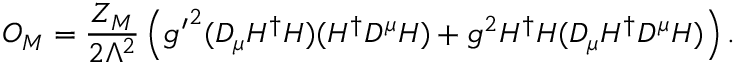
{ \cal O } _ { M } = \frac { Z _ { M } } { 2 \Lambda ^ { 2 } } \left( { g ^ { \prime } } ^ { 2 } ( D _ { \mu } H ^ { \dagger } H ) ( H ^ { \dagger } D ^ { \mu } H ) + g ^ { 2 } H ^ { \dagger } H ( D _ { \mu } H ^ { \dagger } D ^ { \mu } H ) \right) .